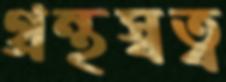
গ্রন্থস্বত্ব